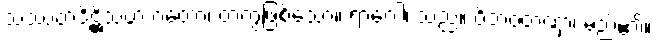
သဿတဒိဋ္ဌိသဟ ဂတော၊ တကွဖြစ်သော။ ရာဂေါ၊ သည်။ ဝိဘဝတဏှာ၊ မည်၏။